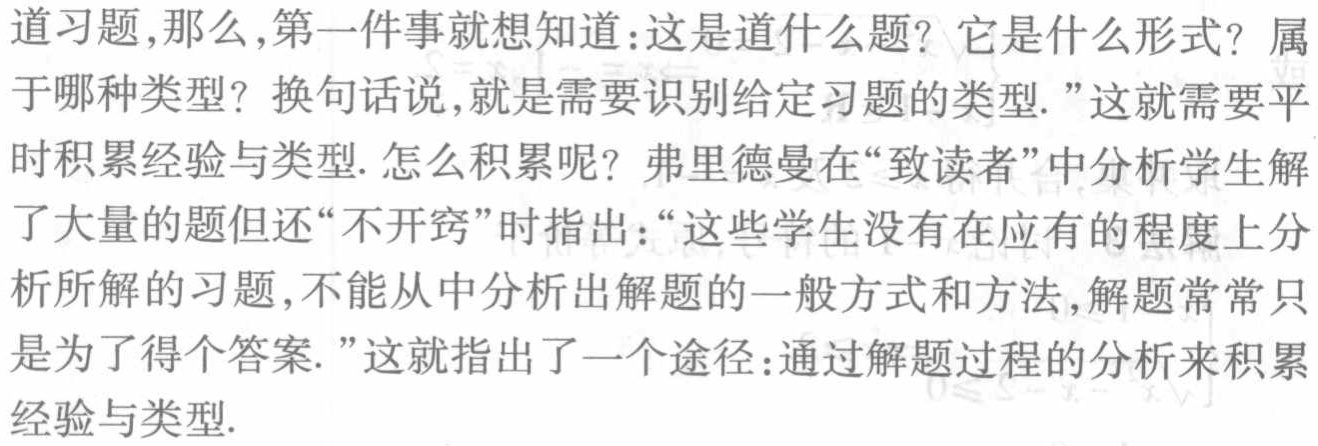
道习题,那么,第一件事就想知道:这是道什么题? 它是什么形式? 属于哪种类型? 换句话说,就是需要识别给定习题的类型."这就需要平时积累经验与类型. 怎么积累呢? 弗里德曼在“致读者”中分析学生解了大量的题但还“不开窍”时指出：“这些学生没有在应有的程度上分析所解的习题,不能从中分析出解题的一般方式和方法,解题常常只是为了得个答案.”这就指出了一个途径:通过解题过程的分析来积累经验与类型.